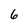
Character: 6